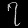
Digit: ၇